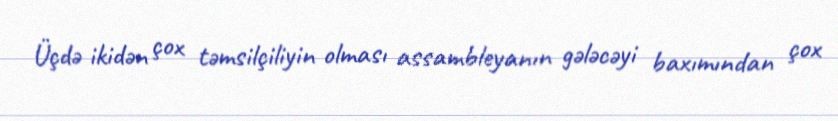
Üçdə ikidən çox təmsilçiliyin olması assambleyanın gələcəyi baxımından çox